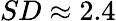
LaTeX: SD\approx 2.4